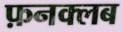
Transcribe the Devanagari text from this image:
फ़नक्लब